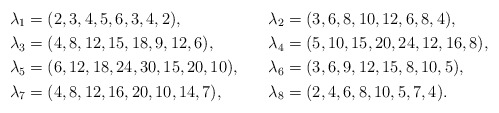
\begin{align*}\lambda_1 &= (2,3,4,5,6,3,4,2),&\lambda_2 &= (3,6,8,10,12,6,8,4),\\\lambda_3 &= (4,8,12,15,18,9,12,6),&\lambda_4 &= (5,10,15,20,24,12,16,8),\\\lambda_5 &= (6,12,18,24,30,15,20,10),&\lambda_6 &= (3,6,9,12,15,8,10,5),\\\lambda_7 &= (4,8,12,16,20,10,14,7),&\lambda_8 &= (2,4,6,8,10,5,7,4).\end{align*}